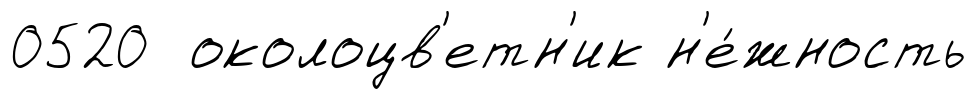
0520 околоцв'етн'ик н'е́жность